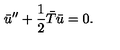
\bar { u } ^ { \prime \prime } + { \frac { 1 } { 2 } } \bar { T } \bar { u } = 0 .